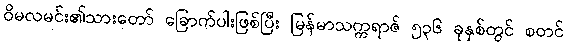
ဝိမလမင်း၏သားတော် ခြောက်ပါးဖြစ်ပြီး မြန်မာသက္ကရာဇ် ၅၃၆ ခုနှစ်တွင် စတင်